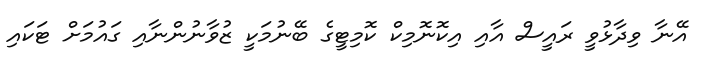
އޭނާ ވިދާޅުވީ ރައީސް އާއި އިކޮނޮމިކް ކޮމިޓީގެ ބޭނުމަކީ ޒުވާނުންނާއި ގައުމަށް ޓަކައި